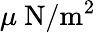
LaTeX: \mu~\mathrm{N/m^{2}}